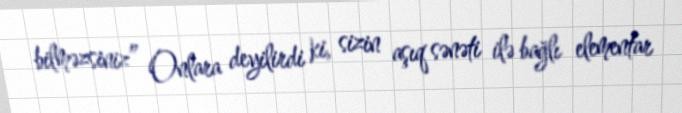
bilməzsiniz” Onlara deyilirdi ki, sizin aşıq sənəti ilə bağlı elementar